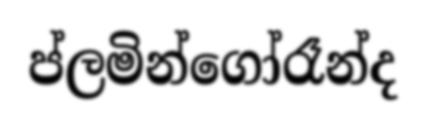
ප්ලමින්ගෝරෑන්ද